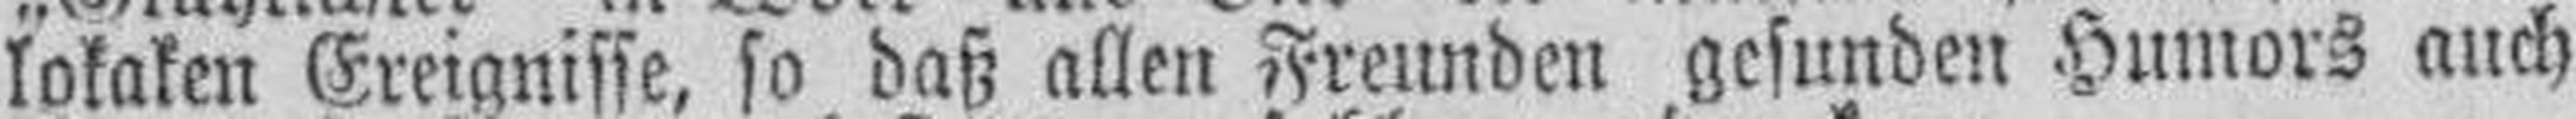
lokaken Ereignisse, so daß allen Freunden gesunden Humors auch